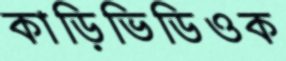
কাড়িভিডিওক